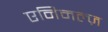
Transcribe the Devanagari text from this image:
एनिमल्ज़